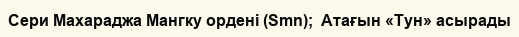
Сери Махараджа Мангку ордені (Smn);  Атағын «Тун» асырады